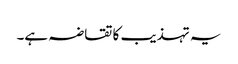
یہ تہذیب کا تقاضہ ہے۔